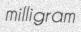
milligram